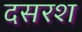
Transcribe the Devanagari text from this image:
दसरश